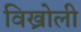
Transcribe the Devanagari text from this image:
विख्रोली